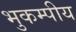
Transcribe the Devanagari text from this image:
भुकम्पीय